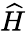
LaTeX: \widehat{H}